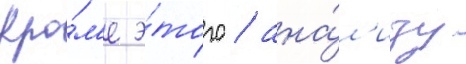
Кро́м'е э́того / ана́л'изу